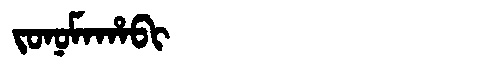
Manchu: ᠵᠣᠨᠣᠮᠠᡥᠠᠪᡳ
Romanization: JONOMAHABI